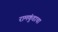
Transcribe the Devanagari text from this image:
रामकुंडाचा